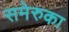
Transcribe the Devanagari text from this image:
समेरुका